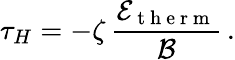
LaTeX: \tau_{H}=-\zeta\, \frac{\mathcal{E}_{\mathrm{~t~h~e~r~m~}}}{\mathcal{B}}\, .